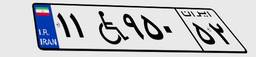
۲۸W۸۵۵۰۷